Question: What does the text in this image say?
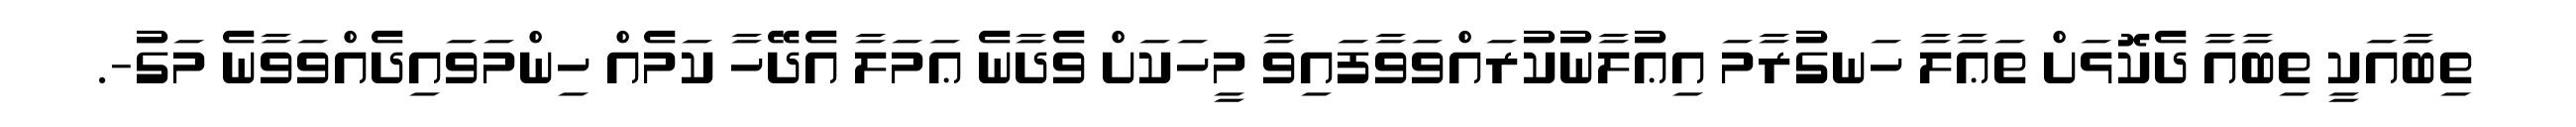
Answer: ތިބާއަކީ ތިބާއާ ދެކޮޅަށް ތަޢާލާ ހަނގުރާމަ އިޢުލާނުކުރައްވަވާފައިވާ މީހަކަށް ވެދާނެ ޢަމަލާ އެދޭހާ ކަމެއް ހިންމަވައިދެއްވަވާނެ މަގު-.